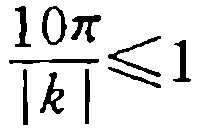
$\frac{10\pi}{|k|}\leqslant 1$